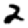
Digit: 2